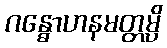
ဂန္ဓောဟနမတ္တမ္ပိ